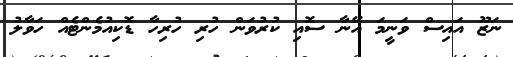
ނަޒޫ އައިސް ވަނީމަ އޭނާ ސޮއި ކުރުވަން ހުރި ހުރިހާ ޑޮކިއުމެންޓެއް ހަވާލު